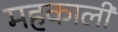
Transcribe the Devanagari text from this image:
महकाली